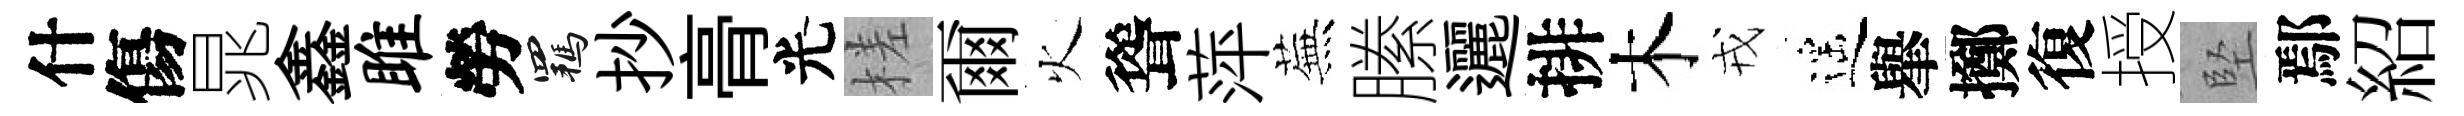
什傷晁鑫雎勞羈抄𮌔光槎爾火聳萍蕪縢邐排木戎遥𦦙擲復授堅鄢紹